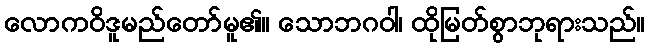
လောကဝိဒူမည်တော်မူ၏။ သောဘဂဝါ၊ ထိုမြတ်စွာဘုရားသည်။